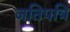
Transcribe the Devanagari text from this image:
जतिपत्रि